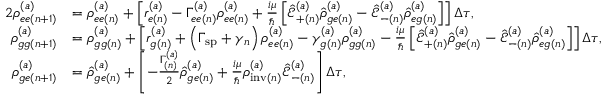
\begin{array} { r l } { { 2 } \rho _ { e e ( n + 1 ) } ^ { ( a ) } } & { = \rho _ { e e ( n ) } ^ { ( a ) } + \left[ r _ { e ( n ) } ^ { ( a ) } - \Gamma _ { e e ( n ) } ^ { ( a ) } \rho _ { e e ( n ) } ^ { ( a ) } + \frac { i \mu } { \hbar } \left[ \hat { \mathcal { E } } _ { + ( n ) } ^ { ( a ) } \hat { \rho } _ { g e ( n ) } ^ { ( a ) } - \hat { \mathcal { E } } _ { - ( n ) } ^ { ( a ) } \hat { \rho } _ { e g ( n ) } ^ { ( a ) } \right] \right] \Delta \tau , } \\ { \rho _ { g g ( n + 1 ) } ^ { ( a ) } } & { = \rho _ { g g ( n ) } ^ { ( a ) } + \left[ r _ { g ( n ) } ^ { ( a ) } + \left( \Gamma _ { \mathrm { s p } } + \gamma _ { n } \right) \rho _ { e e ( n ) } ^ { ( a ) } - \gamma _ { g ( n ) } ^ { ( a ) } \rho _ { g g ( n ) } ^ { ( a ) } - \frac { i \mu } { \hbar } \left[ \hat { \mathcal { E } } _ { + ( n ) } ^ { ( a ) } \hat { \rho } _ { g e ( n ) } ^ { ( a ) } - \hat { \mathcal { E } } _ { - ( n ) } ^ { ( a ) } \hat { \rho } _ { e g ( n ) } ^ { ( a ) } \right] \right] \Delta \tau , } \\ { { \rho } _ { g e ( n + 1 ) } ^ { ( a ) } } & { = \hat { \rho } _ { g e ( n ) } ^ { ( a ) } + \left[ - \frac { \Gamma _ { ( n ) } ^ { ( a ) } } { 2 } \hat { \rho } _ { g e ( n ) } ^ { ( a ) } + \frac { i \mu } { \hbar } \rho _ { \mathrm { i n v } ( n ) } ^ { ( a ) } \hat { \mathcal { E } } _ { - ( n ) } ^ { ( a ) } \right] \Delta \tau , } \end{array}